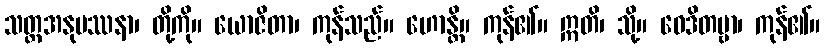
သတ္တအနုပဿနာ၊ တို့ကို။ ယောဇိတာ၊ ကုန်သည်။ ဟောန္တိ။ ကုန်၏။ ဣတိ၊ သို့။ ဝေဒိတဗ္ဗာ၊ ကုန်၏။